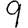
Digit: 9